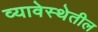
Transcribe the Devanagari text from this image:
व्यावेस्थेतील